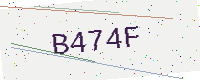
Text: B474F